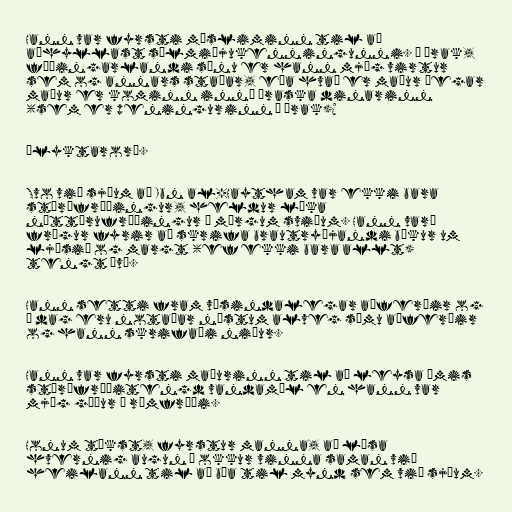
Hann var fyrsti músliminn til að
aðhyllast sólmiðjukenningunni. Í Írak,
fæðingarlandi sínu er hann mjög virtur
sem og annars staðar, eða hvað er maður þegar
maður er kominn inná íraska dinarinn
(sem er peningurinn í Írak)?

Ályktarorð.

Svo við sjáum að Ibn al-Haytham var ekki bara
stærðfræðingur, heldur líka
náttúrufræðingur á mörgum sviðum. Hann varð
frægur fyrir að skrifa brautryðjandi bækur um
ljósið og margt (ef ekki bara allt)
tengt því.

Hann setti fram vísindalegar aðferðir og
í dag eru notaðar næstum alveg sömu aðferðir
og hann skrifaði niður.

Hann var fyrsti maðurinn til að leysa ýmis
stærðfræðitengd vandamál en hann var
mjög góður í rúmfræði.

Honum tókst, fyrstur manna, að lýsa
hvernig augun í okkur vinna saman við
heilann til að búa til mynd sem við sjáum.